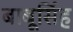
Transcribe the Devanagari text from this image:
बाबूसिंह